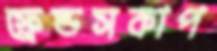
ফ্রেন্ডসকাপ